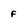
Character: f